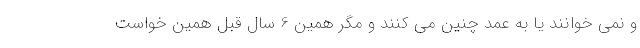
و نمی خوانند یا به عمد چنین می کنند و مگر همین 6 سال قبل همین خواست